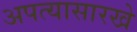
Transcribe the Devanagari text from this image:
अपत्यासारखे